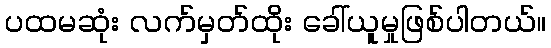
ပထမဆုံး လက်မှတ်ထိုး ခေါ်ယူမှုဖြစ်ပါတယ်။